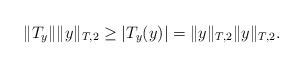
\begin{align*}\|T_y\|\|y\|_{T,2}\ge |T_y(y)|=\|y\|_{T,2}\|y\|_{T,2}.\end{align*}